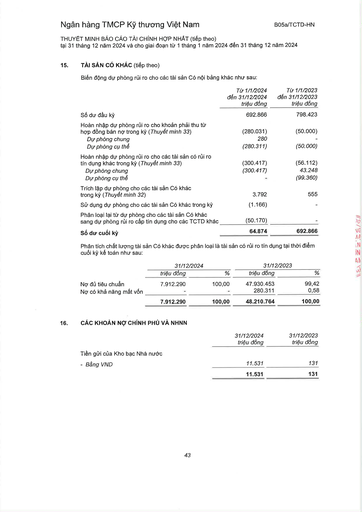
||Từ 1/1/2024 đến 31/12/2024 triệu đồng|Từ 1/1/2023 đến 31/12/2023 triệu đồng| |---|---|---| |Số dư đầu kỳ|692.866|798.423| |Hoàn nhập dự phòng rủi ro cho khoản phải thu từ hợp đồng bán nợ trong kỳ (Thuyết minh 33)|(280.031)|(50.000)| |Dự phòng chung|280|-| |Dự phòng cụ thể|(280.311)|(50.000)| |Hoàn nhập dự phòng rủi ro cho các tài sản có rủi ro tín dụng khác trong kỳ (Thuyết minh 33)|(300.417)|(56.112)| |Dự phòng chung|(300.417)|43.248| |Dự phòng cụ thể||(99.360)| |Trích lập dự phòng cho các tài sản có khác trong kỳ (Thuyết minh 32)|3.792|555| |Sử dụng dự phòng cho các tài sản có khác trong kỳ|(1.166)|| |Phân loại lại từ dự phòng cho các tài sản có khác sang dự phòng rủi ro cấp tín dụng cho các TCTD khác|(50.170)|-| |Số dư cuối kỳ|64.874|692.866| ||31/12/2024|||31/12/2023| |---|---|---|---|---| ||triệu đồng|%|triệu đồng|%| |Nợ đủ tiêu chuẩn|7.912.290|100,00|47.930.453|99,42| |Nợ có khả năng mất vốn|||280.311|0,58| ||7.912.290|100,00|48.210.764|100,00| ||31/12/2024 triệu đồng|31/12/2023 triệu đồng| |---|---|---| |Tiền gửi của Kho bạc Nhà nước||| |- Bằng VND|11.531|131| ||11.531|131|